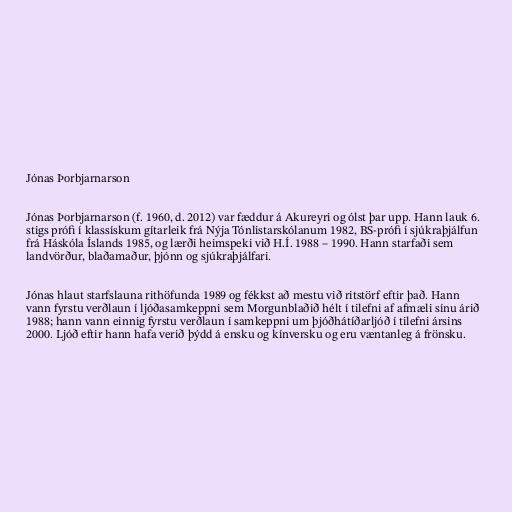
Jónas Þorbjarnarson

Jónas Þorbjarnarson (f. 1960, d. 2012) var fæddur á Akureyri og ólst þar upp. Hann lauk 6.
stigs prófi í klassískum gítarleik frá Nýja Tónlistarskólanum 1982, BS-prófi í sjúkraþjálfun
frá Háskóla Íslands 1985, og lærði heimspeki við H.Í. 1988 – 1990. Hann starfaði sem
landvörður, blaðamaður, þjónn og sjúkraþjálfari.

Jónas hlaut starfslauna rithöfunda 1989 og fékkst að mestu við ritstörf eftir það. Hann
vann fyrstu verðlaun í ljóðasamkeppni sem Morgunblaðið hélt í tilefni af afmæli sínu árið
1988; hann vann einnig fyrstu verðlaun í samkeppni um þjóðhátíðarljóð í tilefni ársins
2000. Ljóð eftir hann hafa verið þýdd á ensku og kínversku og eru væntanleg á frönsku.